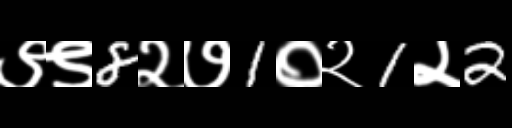
Text: ९९8२७1०२1२2